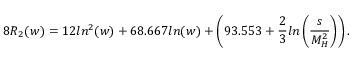
8 R _ { 2 } ( w ) = 1 2 l n ^ { 2 } ( w ) + 6 8 . 6 6 7 l n ( w ) + \left( 9 3 . 5 5 3 + \frac { 2 } { 3 } l n \left( \frac { s } { M _ { H } ^ { 2 } } \right) \right) .